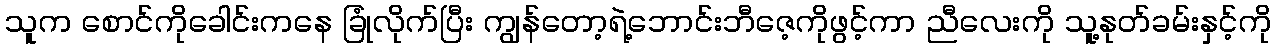
သူက စောင်ကိုခေါင်းကနေ ခြုံလိုက်ပြီး ကျွန်တော့ရဲ့ဘောင်းဘီဇေ့ကိုဖွင့်ကာ ညီလေးကို သူ့နုတ်ခမ်းနှင့်ကို